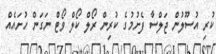
ކުރި އުސޫލުން ޖަލްސާ ފެށުމުގެ ކުރިން ރޯލް ކޯލް ވޯޓް ނަގަން ހުށައެއް